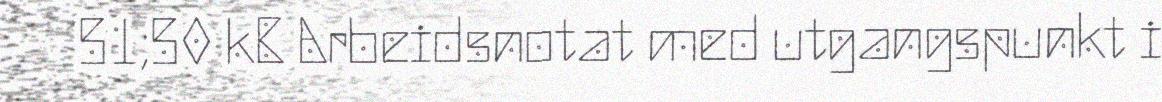
51,50 kB Arbeidsnotat med utgangspunkt i